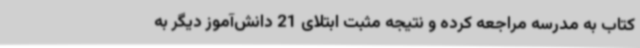
کتاب به مدرسه مراجعه کرده و نتیجه مثبت ابتلای 21 دانش‌آموز دیگر به